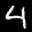
Label: 4